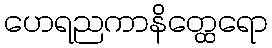
ဟေရညကာနိတ္ထေရော